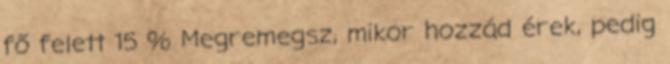
fő felett 15 % Megremegsz, mikor hozzád érek, pedig